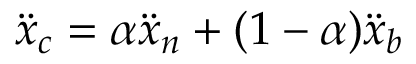
\ddot { x } _ { c } = \alpha \ddot { x } _ { n } + ( 1 - \alpha ) \ddot { x } _ { b }